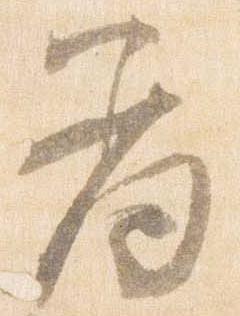
羞